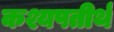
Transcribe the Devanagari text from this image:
कश्यपतीर्थ